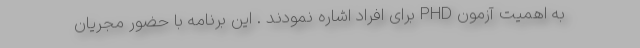
به اهمیت آزمون PHD برای افراد اشاره نمودند . این برنامه با حضور مجریان